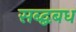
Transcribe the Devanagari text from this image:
सब्द्बबध